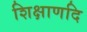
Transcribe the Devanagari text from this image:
शिक्षाणदि